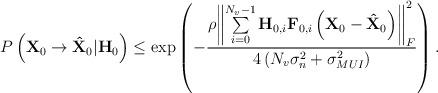
LaTeX: \begin{align*}P\left( {{\bf X}_0 \to {\bf \hat X}_0}|\textbf{H}_0 \right) \le \exp\left( { - \frac{\rho{\left\|{\sum\limits_{i=0}^{N_v-1}\textbf{H}_{0,i}\textbf{F}_{0,i}\left({{\bf X}_0 - {\bf \hat X}_0} \right)} \right\|_F^2}}{4\left(N_v\sigma_{n}^2+\sigma_{MUI}^2\right)}}\right).\end{align*}